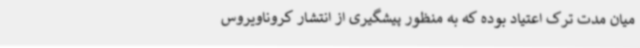
میان مدت ترک اعتیاد بوده که به منظور پیشگیری از انتشار کروناویروس